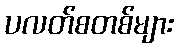
ပလတ်စတစ်များ